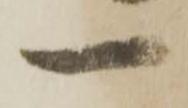
一